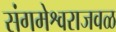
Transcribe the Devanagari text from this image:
संगमेश्वराजवळ